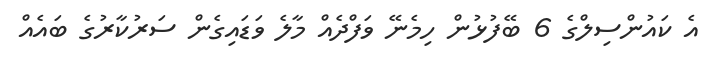
އެ ކައުންސިލްގެ 6 ބޭފުޅުން ހިމެނޭ ވަފްދެއް މާލެ ވަޑައިގެން ސަރުކާރުގެ ބައެއް